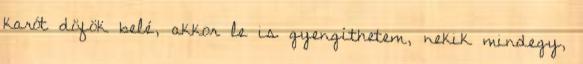
karót döfök belé, akkor le is gyengíthetem, nekik mindegy,